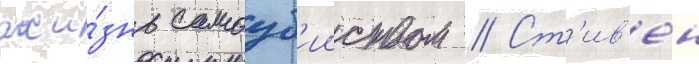
жи́знь самоуб'ииством // Ст'ив'ен